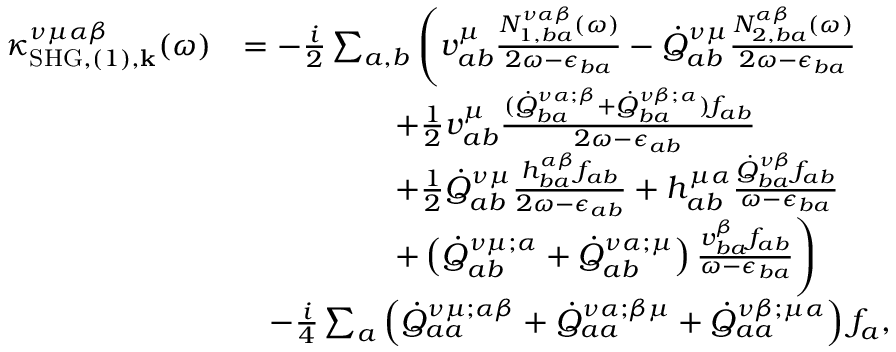
\begin{array} { r l } { \kappa _ { \mathrm { S H G } , ( 1 ) , \mathbf { k } } ^ { \nu \mu \alpha \beta } ( \omega ) } & { = - \frac { i } { 2 } \sum _ { a , b } \Bigg ( v _ { a b } ^ { \mu } \frac { N _ { 1 , b a } ^ { \nu \alpha \beta } ( \omega ) } { 2 \omega - \epsilon _ { b a } } - \dot { Q } _ { a b } ^ { \nu \mu } \frac { N _ { 2 , b a } ^ { \alpha \beta } ( \omega ) } { 2 \omega - \epsilon _ { b a } } } \\ & { \, \, \, \, \, \, \, \, \, \, \, \, \, \, \, \, \, \, \, \, \, \, \, \, \, \, \, \, \, + \frac { 1 } { 2 } v _ { a b } ^ { \mu } \frac { ( \dot { Q } _ { b a } ^ { \nu \alpha ; \beta } + \dot { Q } _ { b a } ^ { \nu \beta ; \alpha } ) f _ { a b } } { 2 \omega - \epsilon _ { a b } } } \\ & { \, \, \, \, \, \, \, \, \, \, \, \, \, \, \, \, \, \, \, \, \, \, \, \, \, \, \, \, \, + \frac { 1 } { 2 } \dot { Q } _ { a b } ^ { \nu \mu } \frac { h _ { b a } ^ { \alpha \beta } f _ { a b } } { 2 \omega - \epsilon _ { a b } } + h _ { a b } ^ { \mu \alpha } \frac { \dot { Q } _ { b a } ^ { \nu \beta } f _ { a b } } { \omega - \epsilon _ { b a } } } \\ & { \, \, \, \, \, \, \, \, \, \, \, \, \, \, \, \, \, \, \, \, \, \, \, \, \, \, \, \, \, + \left( \dot { Q } _ { a b } ^ { \nu \mu ; \alpha } + \dot { Q } _ { a b } ^ { \nu \alpha ; \mu } \right) \frac { v _ { b a } ^ { \beta } f _ { a b } } { \omega - \epsilon _ { b a } } \Bigg ) } \\ & { \, \, \, \, \, - \frac { i } { 4 } \sum _ { a } \left( \dot { Q } _ { a a } ^ { \nu \mu ; \alpha \beta } + \dot { Q } _ { a a } ^ { \nu \alpha ; \beta \mu } + \dot { Q } _ { a a } ^ { \nu \beta ; \mu \alpha } \right) f _ { a } \mathrm { , } } \end{array}